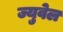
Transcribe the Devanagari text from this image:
ज्युवेल